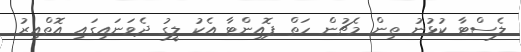
ލެސްޓާ ކުޅުނު ތިން މެޗުން ހަތް ޕޮއިންޓާ އެކު ލީގު ދެވަނައިގައި އޮތްއިރު